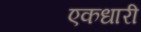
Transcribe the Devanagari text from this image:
एकधारी